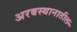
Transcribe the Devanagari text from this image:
अरबस्थानातील